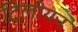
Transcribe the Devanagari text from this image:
ट्रिलीयन